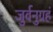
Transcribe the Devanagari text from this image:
जुर्वनुग्रहं